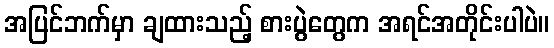
အပြင်ဘက်မှာ ချထားသည့် စားပွဲတွေက အရင်အတိုင်းပါပဲ။